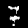
Label: 7